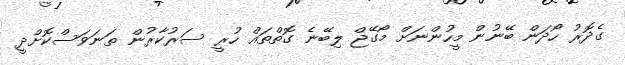
ގެދޮރު ހޯދަން ބޭނުން މީހުންނަށް މޯގޭޖް ލިބޭނެ ގޮތްތައް ހުރީ ސަރުކާރުން ތަނަވަސްކޮށްދީ